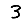
Digit: 3